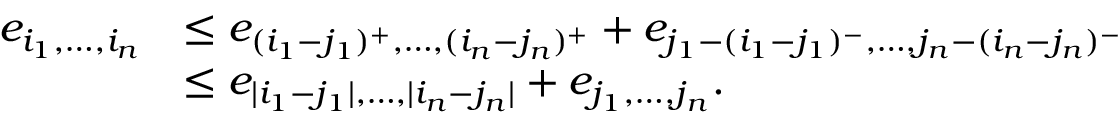
\begin{array} { r l } { e _ { i _ { 1 } , \dots , i _ { n } } } & { \leq e _ { ( i _ { 1 } - j _ { 1 } ) ^ { + } , \dots , ( i _ { n } - j _ { n } ) ^ { + } } + e _ { j _ { 1 } - ( i _ { 1 } - j _ { 1 } ) ^ { - } , \dots , j _ { n } - ( i _ { n } - j _ { n } ) ^ { - } } } \\ & { \leq e _ { | i _ { 1 } - j _ { 1 } | , \dots , | i _ { n } - j _ { n } | } + e _ { j _ { 1 } , \dots , j _ { n } } . } \end{array}